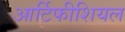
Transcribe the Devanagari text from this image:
आर्टिफीशियल